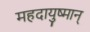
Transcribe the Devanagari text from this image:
महदायुष्मान्